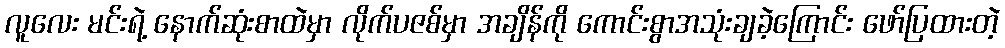
လူလေး မင်းရဲ့ နောက်ဆုံးစာထဲမှာ လိုက်ပဇစ်မှာ အချိန်ကို ကောင်းစွာအသုံးချခဲ့ကြောင်း ဖော်ပြထားတဲ့